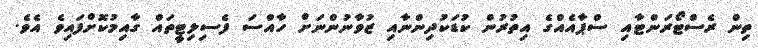
ތިން ރެސްޓޯރަންޓާއި ސްޕާއެއްގެ އިތުރުން ކުޑަކުދިންނާއި ޒުވާނުންނަށް ހާއްސަ ފެސިލިޓީތައް ގާއިމުކޮށްފައިވެ އެވެ.